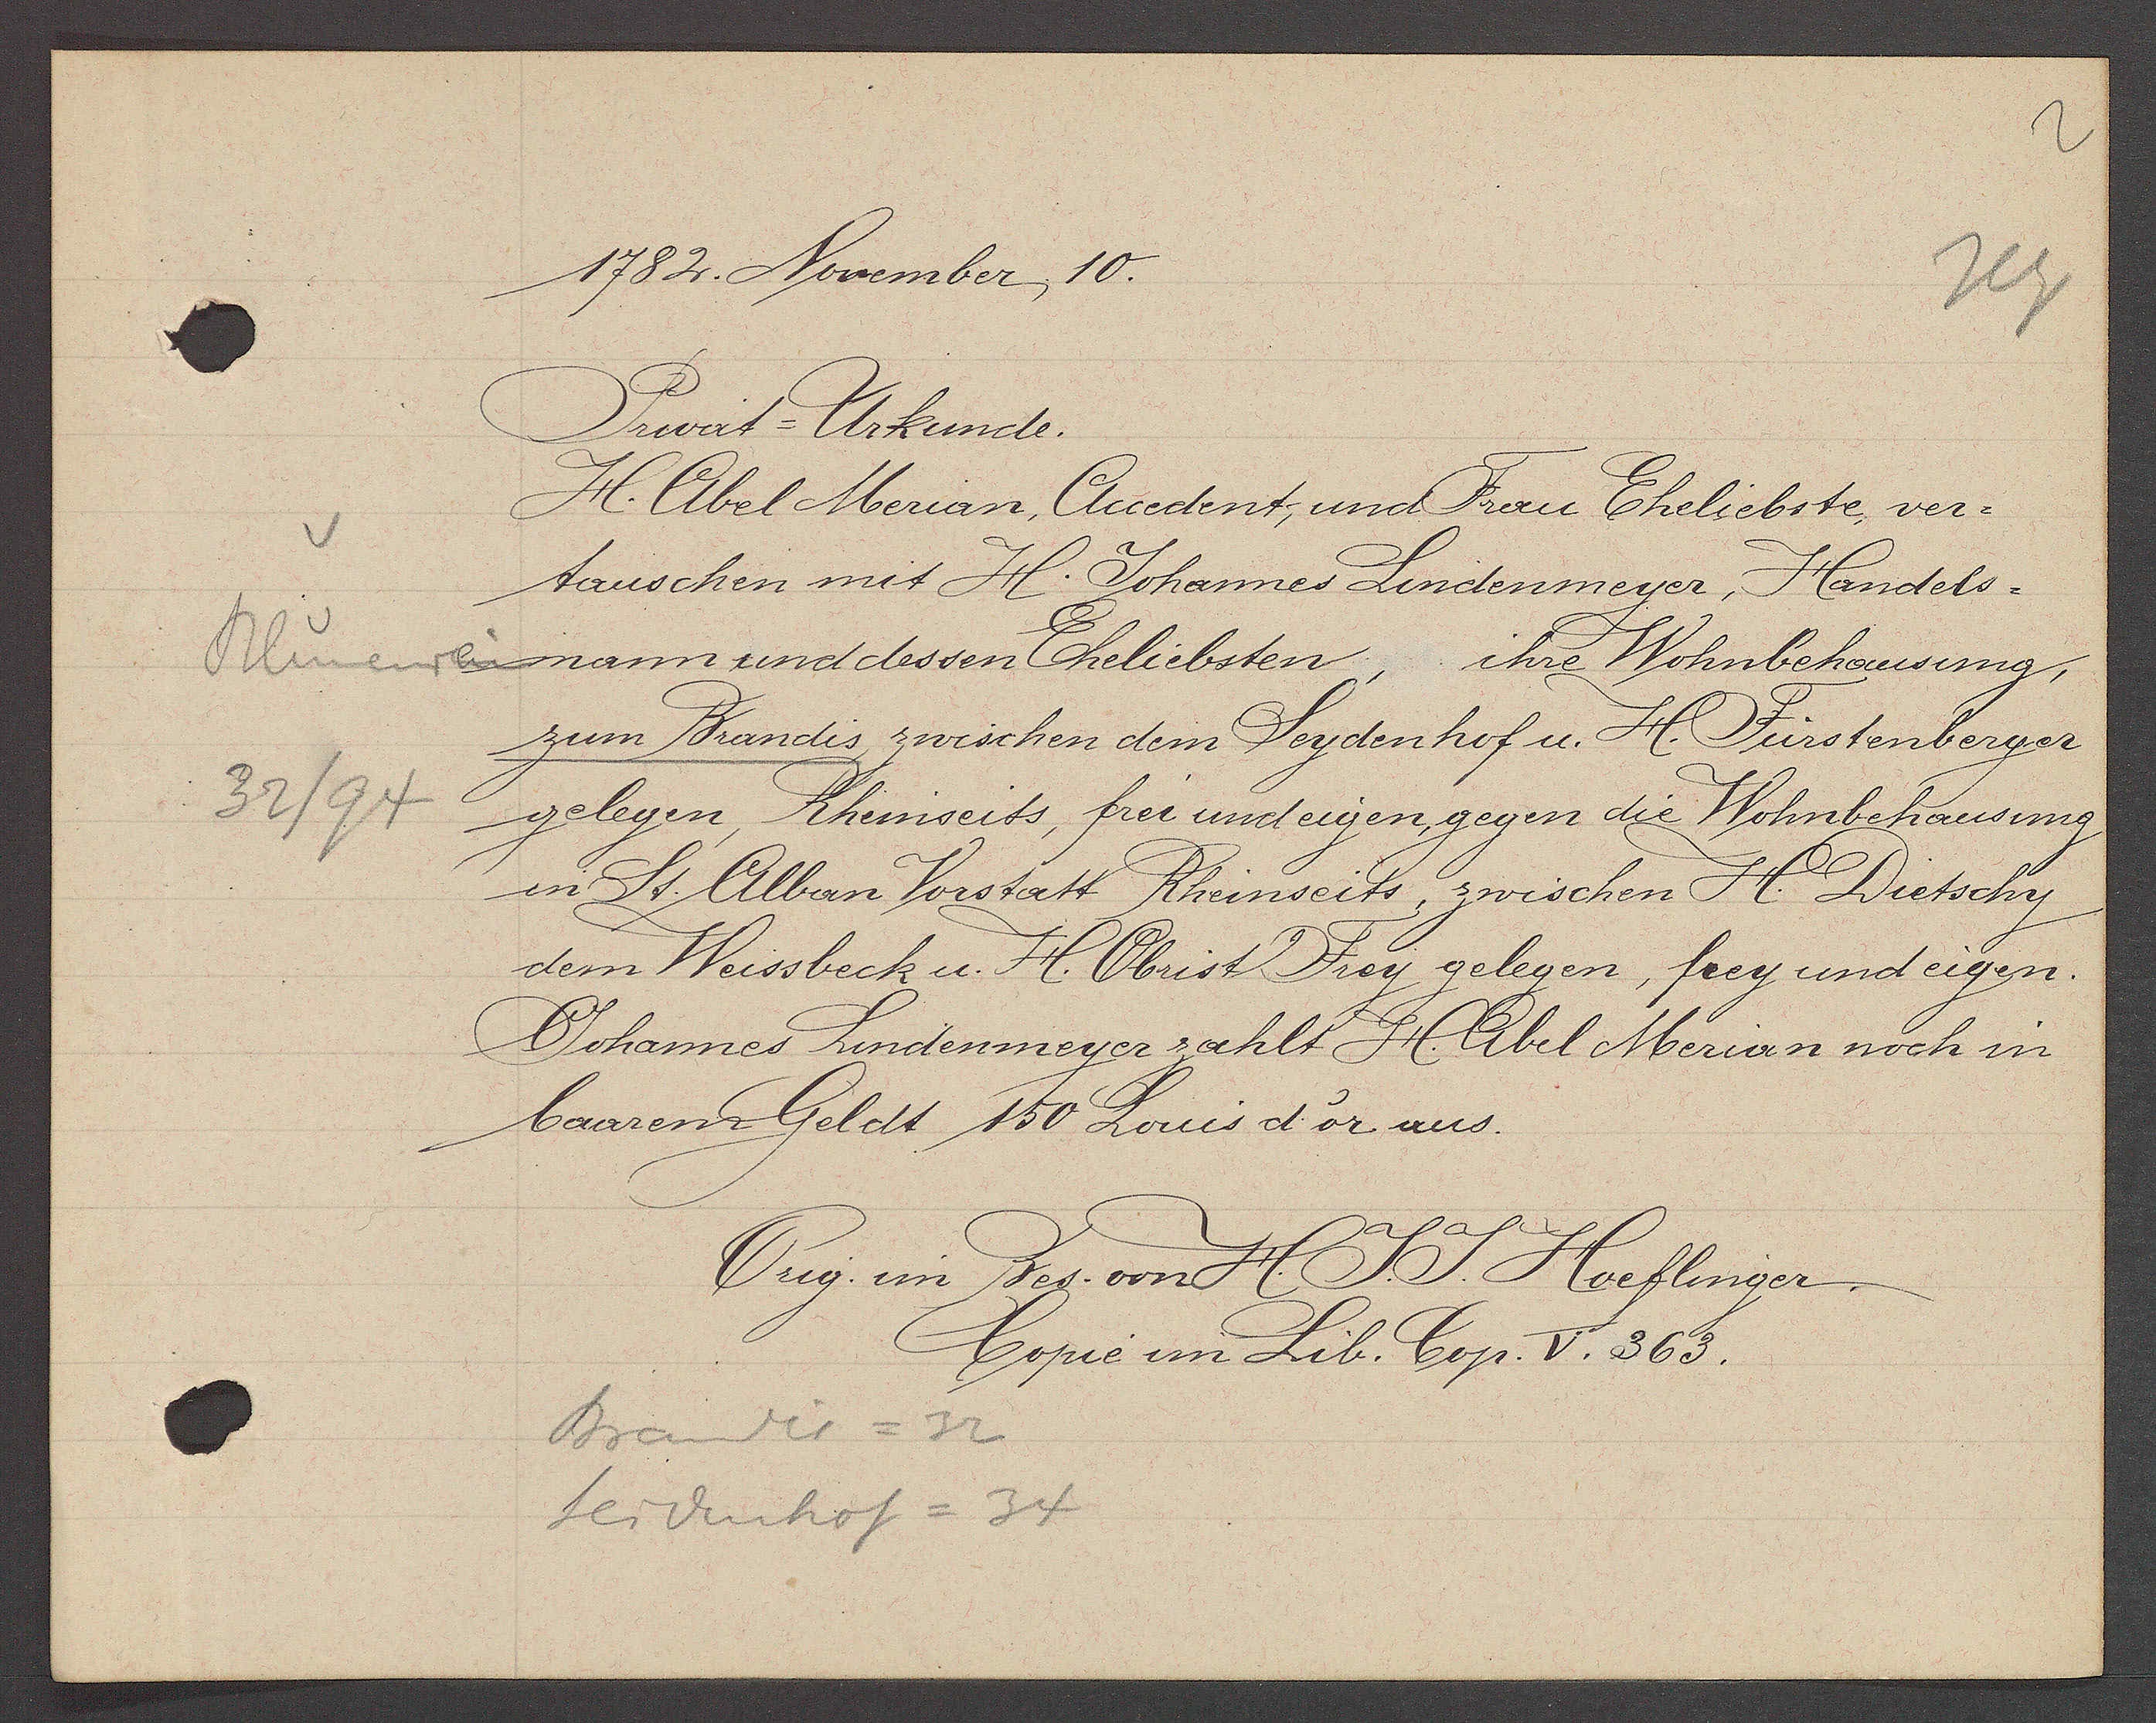
Transcript:
Blumenrain
32/94

1782. November, 10.

Privat-Urkunde.
H. Abel Merian Auedennt; und Frau Eheliebste, ver¬
tauschen mit H. Johannes Lindenmeyer Handels-
mann und dessen Eheliebsten, ihre Wohnbehausung
zum Brandis, zwischen dem Seydenhof u. H. Fürstenberger
gelegen, Rheinseits, frei und eigen, gegen die Wohnbehausung
in St. Alban Vorstatt Rheinseits, zwischen H. Dietschy
dem Weissbeck u. H. Obrist Frey gelegen, frey und eigen.
Johannes Lindenmeyer zahlt H. Abel Merian noch in
baarem Geldt 150 Louis d'or aus.

Orig. im Bes. vonn H. J. J. Hoeflinger
Copie im Lib. Cop. V. 363.

Brandis = 32
Seidenhof = 34